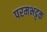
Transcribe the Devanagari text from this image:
परमभट्टक